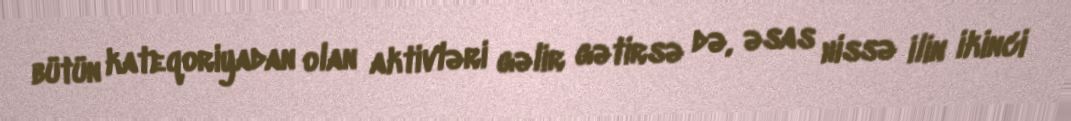
bütün kateqoriyadan olan aktivləri gəlir gətirsə də, əsas hissə ilin ikinci